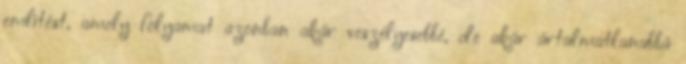
említést, amely folyamat azonban akár veszélyesebbé, de akár ártalmatlanabbá